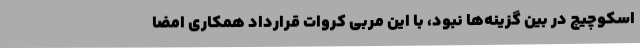
اسکوچیچ در بین گزینه‌ها نبود، با این مربی کروات قرارداد همکاری امضا